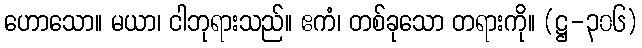
ဟောသော။ မယာ၊ ငါဘုရားသည်။ ဧကံ၊ တစ်ခုသော တရားကို။ (ဋ္ဌ-၃၀၆)